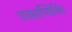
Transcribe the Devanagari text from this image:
एक्सप्लिशिट